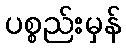
ပစ္စည်းမှန်